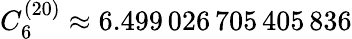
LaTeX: C_{6}^{(20)}\approx 6.499\, 026\, 705\, 405\, 836